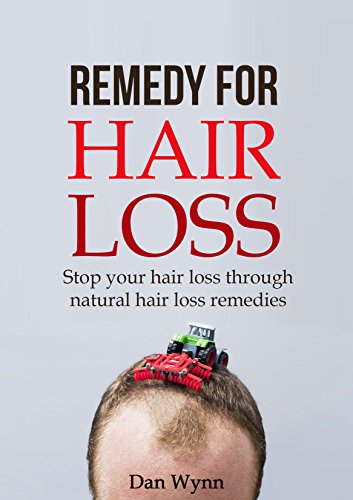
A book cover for Hair Loss: Stop Your Hair  Loss through Natural Hair Loss Remedies - Make your Hair as the Richest Ornament of your Body; Dan Wynn; Health, Fitness & Dieting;